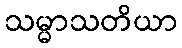
သမ္မာသတိယာ